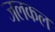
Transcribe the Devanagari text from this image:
जलकल